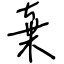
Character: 棄